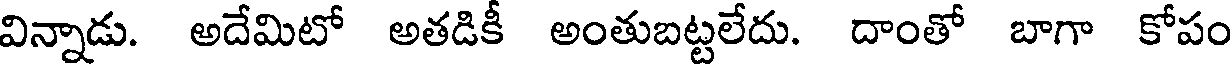
విన్నాడు. అదేమిటో అతడికీ అంతుబట్టలేదు. దాంతో బాగా కోపం